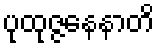
ပုထုဇ္ဇနေနာတိ